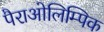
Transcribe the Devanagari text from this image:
पैराओलिम्पिक